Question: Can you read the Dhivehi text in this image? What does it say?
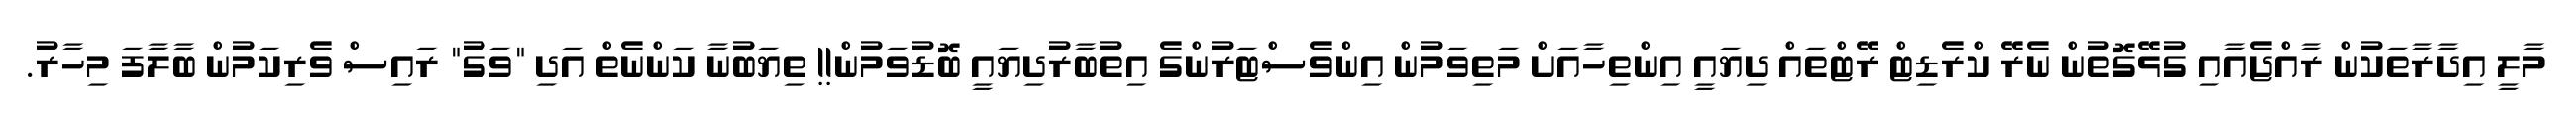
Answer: މާލީ އިދާރާތަކުން ރާއްޖެއާއި ގުޅޭގޮތުން ނެރޭ ކްރެޑިޓް ރޭޓްތައް ދިޔައީ އިންތިހާއަށް މަތިވަމުން އިންވެސްޓަރުންގެ އިތުބާރުދިޔައީ ބޮޑުވަމުން!! ތިޔަބުނާ ކަންނެތް އަދި "ވަގު" ރައިސް ވެރިކަމުން ބާލާފަ މިހާރު.